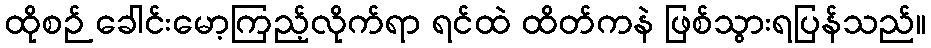
ထိုစဉ် ခေါင်းမော့ကြည့်လိုက်ရာ ရင်ထဲ ထိတ်ကနဲ ဖြစ်သွားရပြန်သည်။